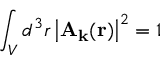
\int _ { V } d ^ { 3 } r \left| \mathbf { A } _ { \mathbf { k } } ( \mathbf { r } ) \right| ^ { 2 } = 1